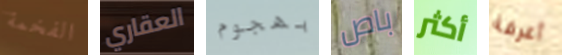
الفخمة العقاري بهجوم باص أكثر أعرفة